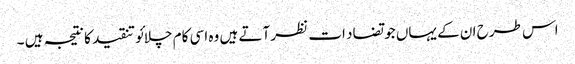
اس طرح ان کے یہاں جو تضاد ات نظر آتے ہیں وہ اسی کام چلائو تنقید کا نتیجہ ہیں ۔